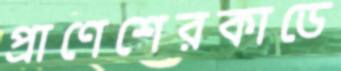
প্রাণেশেরকাডে